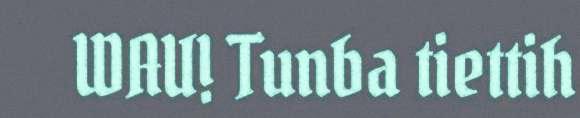
WAU! Tunba tiettih